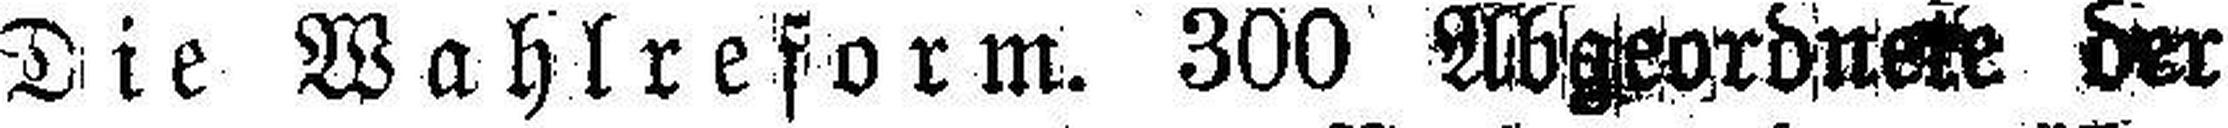
Die Wahlreform. 300 Abgeordnete der